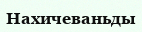
Нахичеваньды